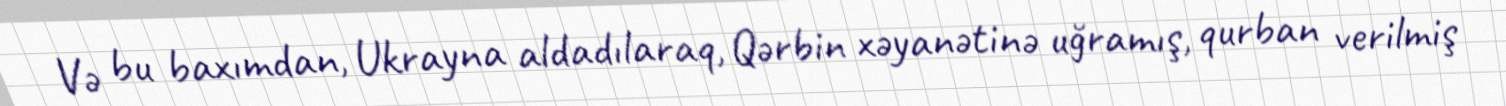
Və bu baxımdan, Ukrayna aldadılaraq, Qərbin xəyanətinə uğramış, qurban verilmiş